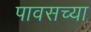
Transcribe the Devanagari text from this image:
पावसच्या